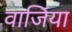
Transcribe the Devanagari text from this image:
वाजिया